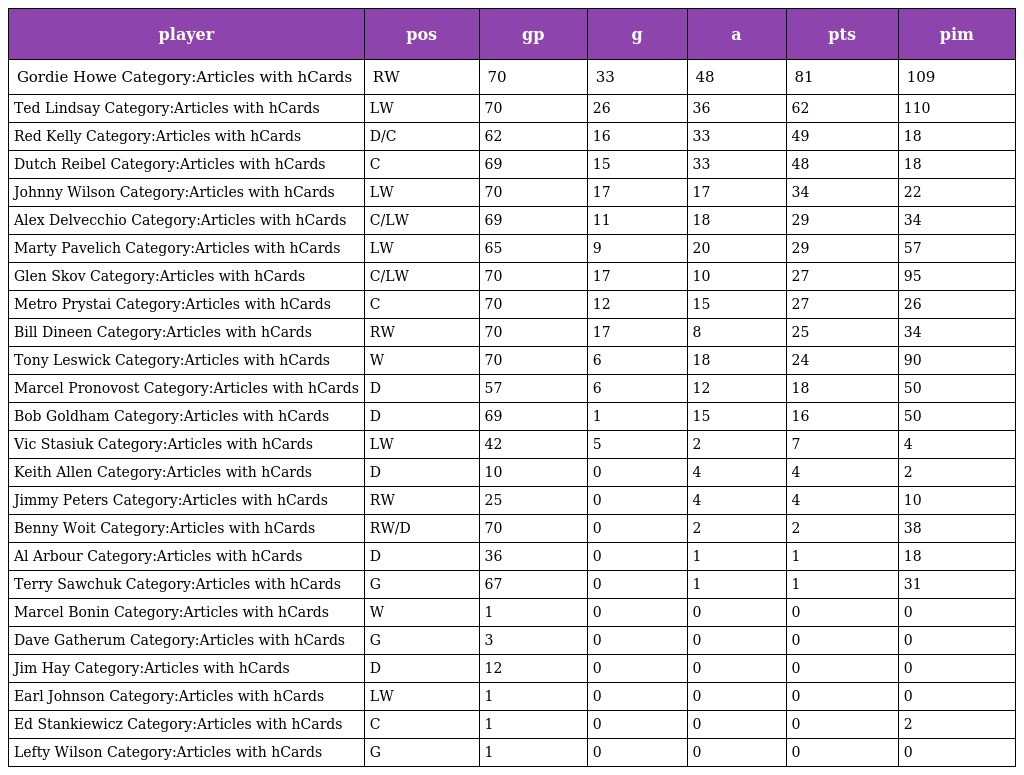
| player | pos | gp | g | a | pts | pim |
 | --- | --- | --- | --- | --- | --- | --- |
 | Gordie Howe Category:Articles with hCards | RW | 70 | 33 | 48 | 81 | 109 |
 | Ted Lindsay Category:Articles with hCards | LW | 70 | 26 | 36 | 62 | 110 |
 | Red Kelly Category:Articles with hCards | D/C | 62 | 16 | 33 | 49 | 18 |
 | Dutch Reibel Category:Articles with hCards | C | 69 | 15 | 33 | 48 | 18 |
 | Johnny Wilson Category:Articles with hCards | LW | 70 | 17 | 17 | 34 | 22 |
 | Alex Delvecchio Category:Articles with hCards | C/LW | 69 | 11 | 18 | 29 | 34 |
 | Marty Pavelich Category:Articles with hCards | LW | 65 | 9 | 20 | 29 | 57 |
 | Glen Skov Category:Articles with hCards | C/LW | 70 | 17 | 10 | 27 | 95 |
 | Metro Prystai Category:Articles with hCards | C | 70 | 12 | 15 | 27 | 26 |
 | Bill Dineen Category:Articles with hCards | RW | 70 | 17 | 8 | 25 | 34 |
 | Tony Leswick Category:Articles with hCards | W | 70 | 6 | 18 | 24 | 90 |
 | Marcel Pronovost Category:Articles with hCards | D | 57 | 6 | 12 | 18 | 50 |
 | Bob Goldham Category:Articles with hCards | D | 69 | 1 | 15 | 16 | 50 |
 | Vic Stasiuk Category:Articles with hCards | LW | 42 | 5 | 2 | 7 | 4 |
 | Keith Allen Category:Articles with hCards | D | 10 | 0 | 4 | 4 | 2 |
 | Jimmy Peters Category:Articles with hCards | RW | 25 | 0 | 4 | 4 | 10 |
 | Benny Woit Category:Articles with hCards | RW/D | 70 | 0 | 2 | 2 | 38 |
 | Al Arbour Category:Articles with hCards | D | 36 | 0 | 1 | 1 | 18 |
 | Terry Sawchuk Category:Articles with hCards | G | 67 | 0 | 1 | 1 | 31 |
 | Marcel Bonin Category:Articles with hCards | W | 1 | 0 | 0 | 0 | 0 |
 | Dave Gatherum Category:Articles with hCards | G | 3 | 0 | 0 | 0 | 0 |
 | Jim Hay Category:Articles with hCards | D | 12 | 0 | 0 | 0 | 0 |
 | Earl Johnson Category:Articles with hCards | LW | 1 | 0 | 0 | 0 | 0 |
 | Ed Stankiewicz Category:Articles with hCards | C | 1 | 0 | 0 | 0 | 2 |
 | Lefty Wilson Category:Articles with hCards | G | 1 | 0 | 0 | 0 | 0 |